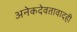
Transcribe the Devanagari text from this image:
अनेकदेवतावादही